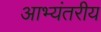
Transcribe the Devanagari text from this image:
आभ्यंतरीय